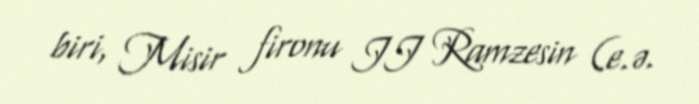
biri, Misir fironu II Ramzesin (e.ə.